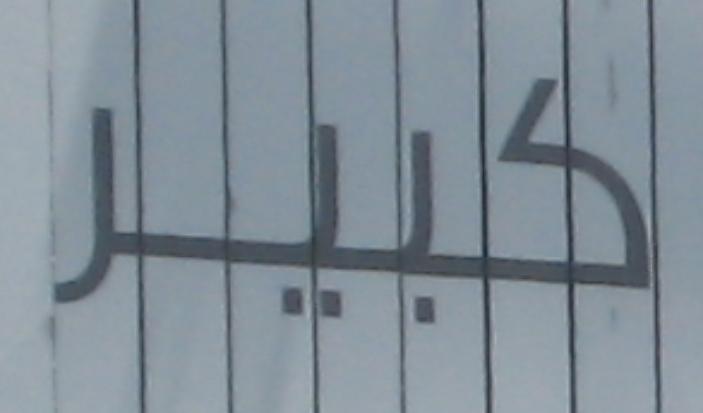
كبير